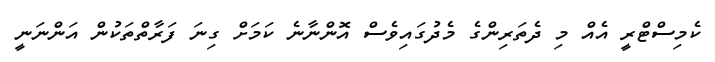
ކެމިސްޓްރީ އެއް މި ދެތަރިންގެ މެދުގައިވެސް އޮންނާނެ ކަމަށް ގިނަ ފަރާތްތަކުން އަންނަނީ